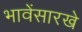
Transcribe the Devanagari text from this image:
भावेंसारखे